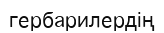
гербарилердің